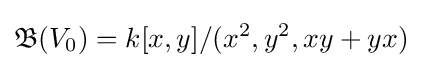
{\mathfrak {B}}(V_{0})=k[x,y]/(x^{2},y^{2},xy+yx)